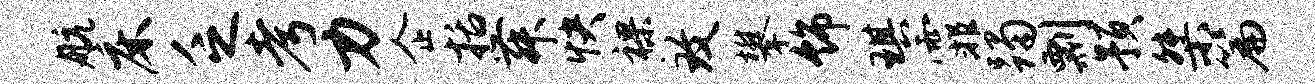
航床乏考力企括舞快裸致攀饰琪霏躅剽预桀篇